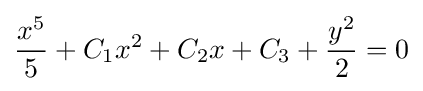
{x^{5} \over 5}+C_{1}x^{2}+C_{2}x+C_{3}+{y^{2} \over 2}=0